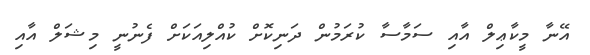
އޭނާ މީކާޢިލް އާއި ސަމާސާ ކުރަމުން ދަނިކޮށް ކުއްލިއަކަށް ފެނުނީ މިޝަލް އާއި